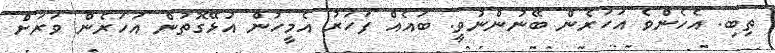
ތިބި. އެހެންވެ އަހަރެން ބޭނުންނުވީ. ބައެއް ފަހަރު އެމީހުން އުޅޭގޮތުން އަހަރެން ވަރަށް